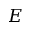
E